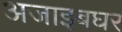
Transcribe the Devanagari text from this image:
अजाइबघर